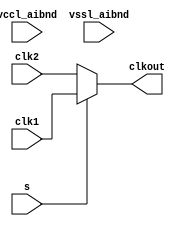
// SPDX-License-Identifier: Apache-2.0
// Copyright (C) 2019 Intel Corporation. 
// Library - aibnd_lib, Cell - aibnd_red_clkmux2, View - schematic
// LAST TIME SAVED: Apr 27 12:38:24 2015
// NETLIST TIME: May 11 08:44:04 2015
//`timescale 1ns / 1ns 

module aibnd_red_clkmux2 ( clkout, clk1, clk2, s, vccl_aibnd,
     vssl_aibnd );

output  clkout;

input  clk1, clk2, s, vccl_aibnd, vssl_aibnd;

// List of primary aliased buses

/*
specify 
    specparam CDS_LIBNAME  = "aibnd_lib";
    specparam CDS_CELLNAME = "aibnd_red_clkmux2";
    specparam CDS_VIEWNAME = "schematic";
endspecify
*/

assign clkout = s ?  clk1 : clk2 ;


endmodule


// End HDL models